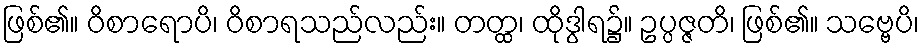
ဖြစ်၏။ ဝိစာရောပိ၊ ဝိစာရသည်လည်း။ တတ္ထ၊ ထိုဒွါရ၌။ ဥပ္ပဇ္ဇတိ၊ ဖြစ်၏။ သဗ္ဗေပိ၊